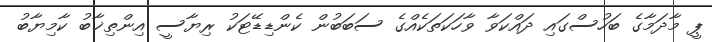
ޕީ މާދަމާގެ ބަހުސްގައި ދައްކަވާ ވާހަކަތަކެއްގެ ސަބަބުން ކެންޑިޑޭޓަކު ރިޔާސީ އިންތިޚާބު ކާމިޔާބު